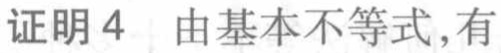
证明 4  由基本不等式,有